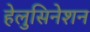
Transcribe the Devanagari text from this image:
हेलुसिनेशन